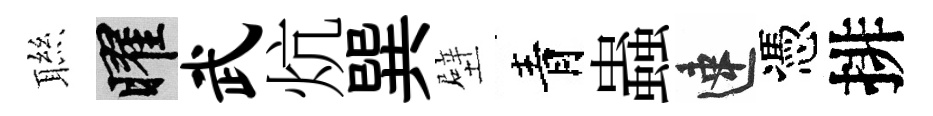
聮曜武炕巽壁青蟲速憑排